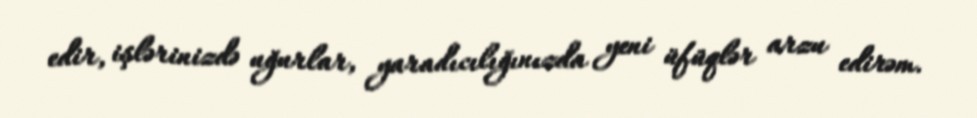
edir, işlərinizdə uğurlar, yaradıcılığınızda yeni üfüqlər arzu edirəm.